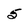
Character: 5